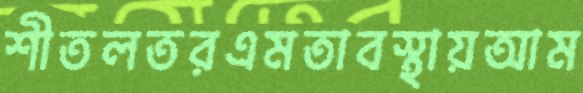
শীতলতরএমতাবস্থায়আম